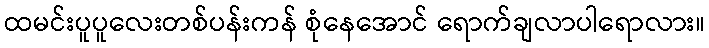
ထမင်းပူပူလေးတစ်ပန်းကန် စုံနေအောင် ရောက်ချလာပါရောလား။